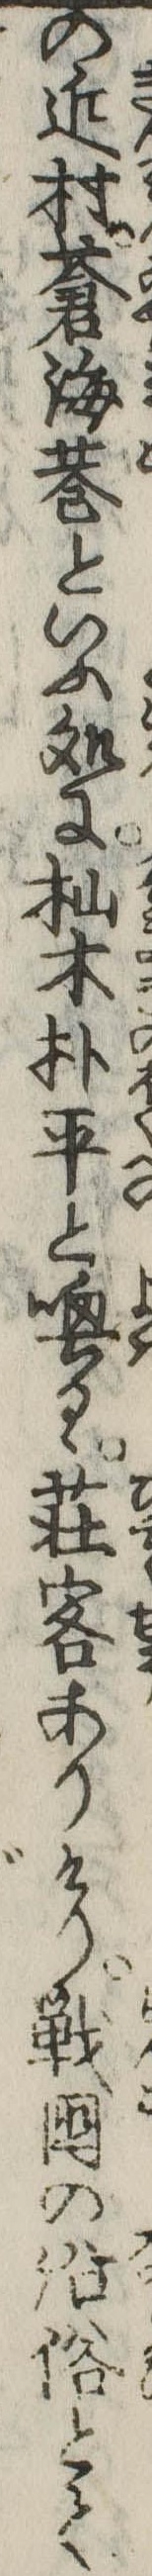
近の村蒼海巷といふ処に杣木朴平とるゝ荘客ありけり戦国の沿俗とて